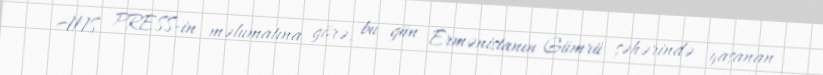
ANS PRESS-in məlumatına görə, bu gün Ermənistanın Gümrü şəhərində yaşanan